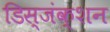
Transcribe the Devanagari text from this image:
डिस्जंक्शन